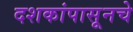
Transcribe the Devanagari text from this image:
दशकांपासूनचे